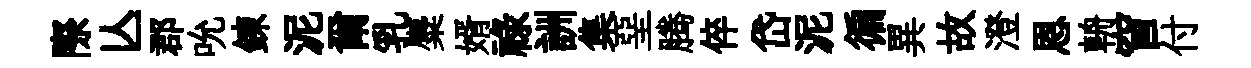
際亾郡吮錬泥爾乳麋婿祿詶集堊腾倅岱泥徧異故澄恩輈窅付